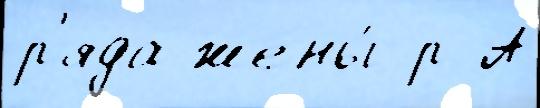
р'яда жены́ р А